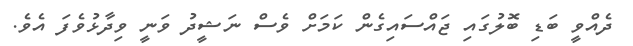
ދެއްވީ ބަޑި ބޮލުގައި ޖައްސައިގެން ކަމަށް ވެސް ނަޝީދު ވަނީ ވިދާޅުވެފަ އެވެ.